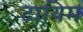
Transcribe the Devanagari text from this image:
टायिम